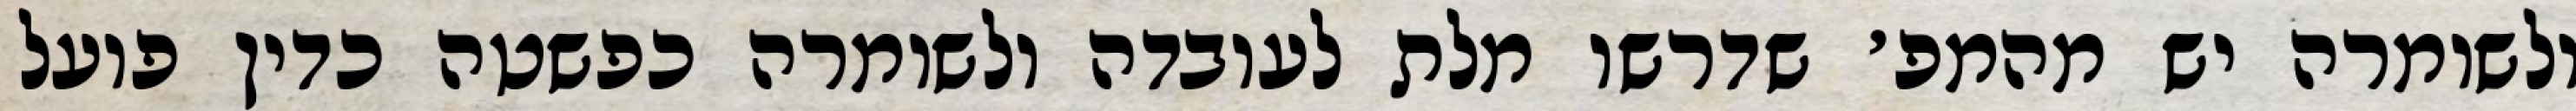
ולשומרה יש מהמפ׳ שדרשו מלת לעובדה ולשומרה כפשטה כדין פועל